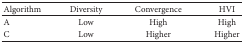
<table><thead><tr><td><b>Algorithm </b></td><td><b>Diversity</b></td><td><b>Convergence</b></td><td><b>HVI</b></td></tr></thead><tbody><tr><td>A</td><td>Low</td><td>High</td><td>High</td></tr><tr><td>C</td><td>Low</td><td>Higher</td><td>Higher</td></tr></tbody></table>